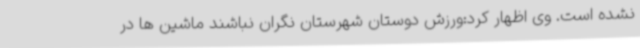
نشده است. وی اظهار کرد:ورزش دوستان شهرستان نگران نباشند ماشین ها در